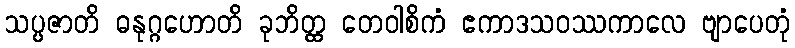
သပ္ပဇာတိ ဓနုဂ္ဂဟောတိ ခုဘိတ္ထ တေဝါစိကံ ဧကာဒသဝဿကာလေ ဗျာပေတုံ